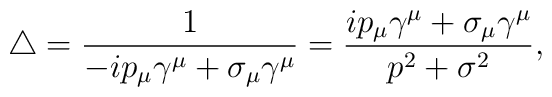
\bigtriangleup= \frac{1}{-ip_{\mu} \gamma^{\mu} + \sigma_{\mu}      \gamma^{\mu}} = \frac{ ip_{\mu} \gamma^{\mu} + \sigma_{\mu}      \gamma^{\mu}} { p^2 + \sigma^2},